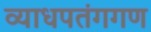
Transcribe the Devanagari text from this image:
व्याधपतंगगण